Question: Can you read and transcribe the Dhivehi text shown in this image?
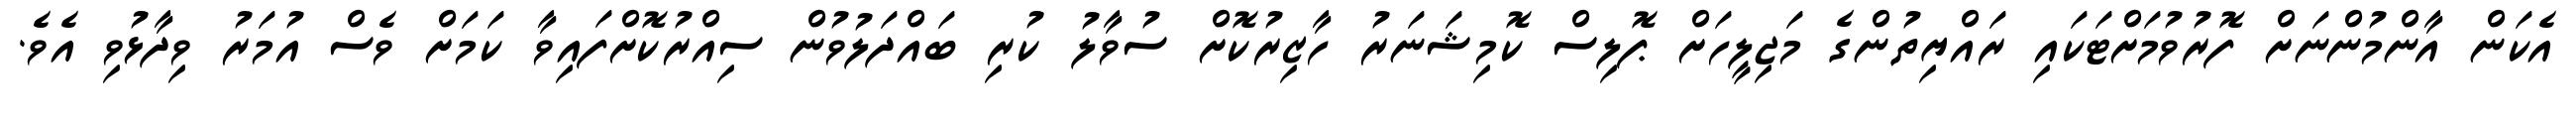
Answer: އެކަން އާންމުންނަށް ފޮރުވުމަށްޓަކައި ރައްޔިތުންގެ މަޖިލީހަށް ޕޮލިސް ކޮމިޝަނަރު ހާޒިރުކޮށް ސުވާލު ކުރި ބައްދަލުވުން ސިއްރުކޮށްފައިވާ ކަމަށް ވެސް އުމަރު ވިދާޅުވި އެވެ.